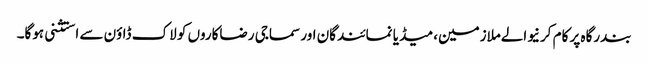
بندرگاہ پر کام کرنیوالےملازمین، میڈیا نمائندگان اور سماجی رضاکاروں کو لاک ڈاؤن سے استثنی ہوگا۔